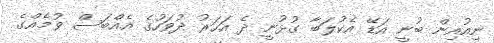
ނިއުއިން ބުނީ އަޑޭ އެކުލަބާ ގުޅުނީ ދެ އަހަރު ދުވަހުގެ އެއްބަސް ވުމެއްގެ